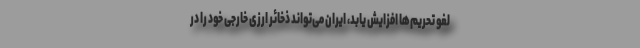
لغو تحریم‌ها افزایش یابد، ایران می‌تواند ذخائر ارزی خارجی خود را در